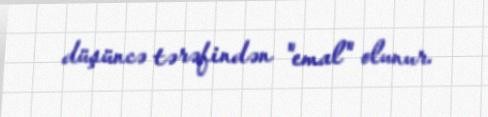
düşüncə tərəfindən "emal" olunur.